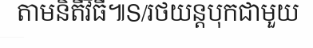
តាមនិតីវិធី៕S/រថយន្តបុកជាមួយ